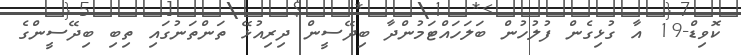
ކޮވިޑް-19 އާ ގުޅިގެން ފުލުހުން ބަލަހައްޓަމުންދާ ބިދޭސީން ދިރިއުޅޭ ތަންތަނުގައި ތިބި ބިދޭސީންގެ